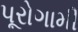
પૂરોગામી